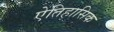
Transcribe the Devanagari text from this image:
ऐतिहासिक